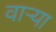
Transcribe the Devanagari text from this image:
वार्‍या